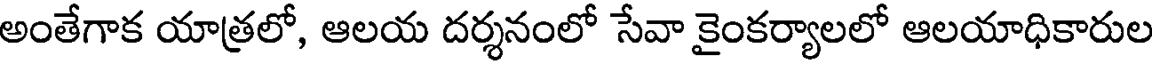
అంతేగాక యాత్రలో, ఆలయ దర్శనంలో సేవా కైంకర్యాలలో ఆలయాధికారుల